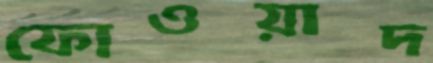
ফোওয়াদ